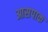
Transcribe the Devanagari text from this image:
आसपाक